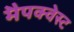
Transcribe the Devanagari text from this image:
मैपक्वेस्ट